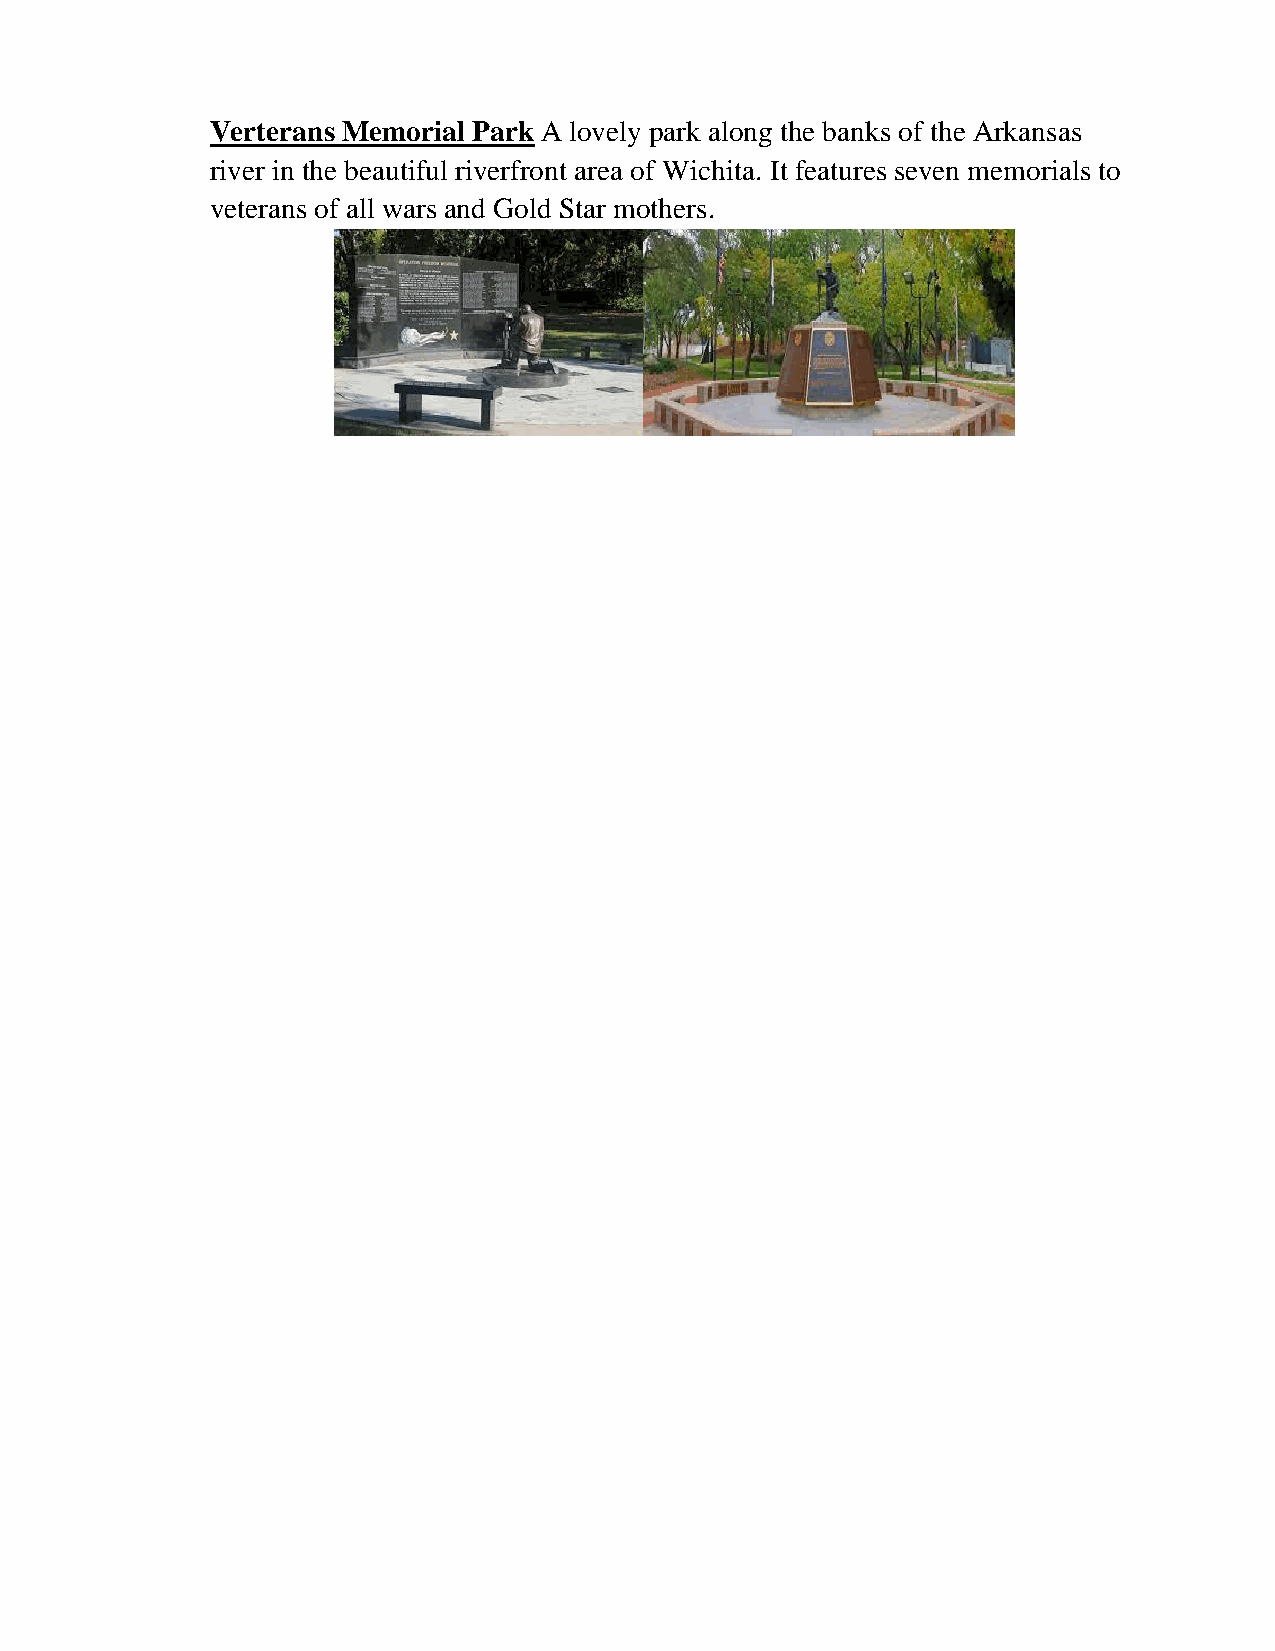
Verterans Memorial Park A lovely park along the banks of the Arkansas
 river in the beautiful riverfront area of Wichita. It features seven memorials to
 veterans of all wars and Gold Star mothers.